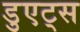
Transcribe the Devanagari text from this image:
डुएट्स